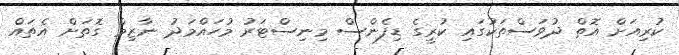
ކުރިއަށް އޮތް ދުވަސްތަކުގައި ކުރީގެ ޑިފެންސް މިނިސްޓަރު މުހައްމަދު ނާޒިމް ގޮތަށް އެތައް